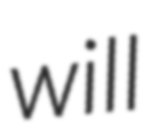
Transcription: will